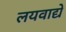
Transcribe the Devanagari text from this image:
लयवाद्ये